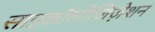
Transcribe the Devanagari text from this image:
साइकॉलोजिज़ेशन